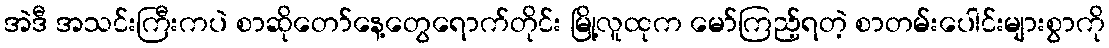
အဲဒီ အသင်းကြီးကပဲ စာဆိုတော်နေ့တွေရောက်တိုင်း မြို့လူထုက မော်ကြည့်ရတဲ့ စာတမ်းပေါင်းများစွာကို